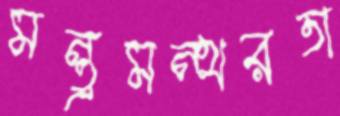
মন্ত্রমন্থরতা